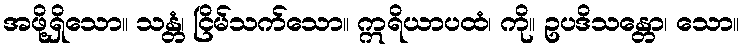
အဖို့ရှိသော။ သန္တံ၊ ငြိမ်သက်သော။ ဣရိယာပထံ၊ ကို။ ဥပဒိသန္တော၊ သော။